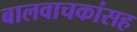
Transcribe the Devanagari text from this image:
बालवाचकांसह